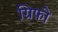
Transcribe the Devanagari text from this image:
ग्रिफो